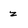
Character: z